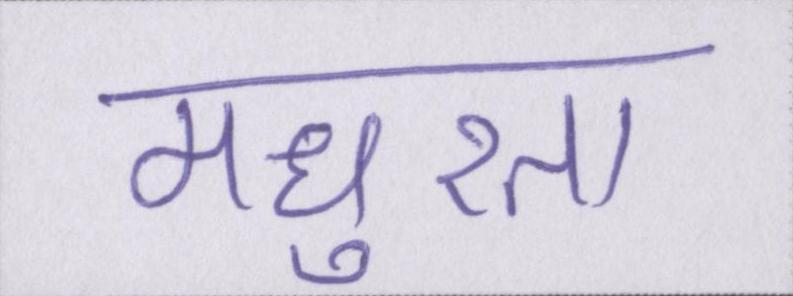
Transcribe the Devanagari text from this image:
मधुरता